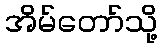
အိမ်တော်သို့